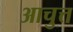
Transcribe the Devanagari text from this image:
आचुत्त